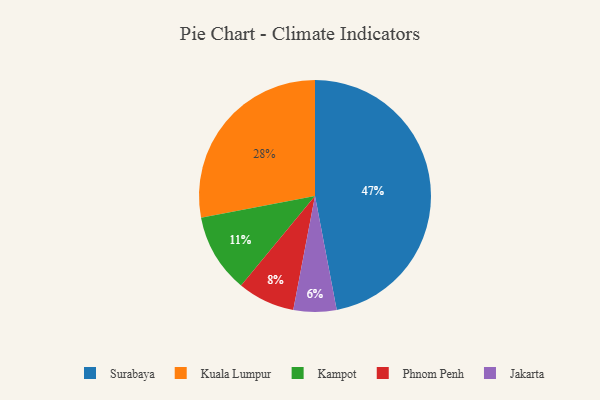
{"axis": {"x": "Category", "y": "Percentage"}, "legend": ["Jakarta", "Kampot", "Kuala Lumpur", "Phnom Penh", "Surabaya"], "data": [{"x": "Surabaya", "y": 47, "type": "Surabaya"}, {"x": "Kuala Lumpur", "y": 28, "type": "Kuala Lumpur"}, {"x": "Jakarta", "y": 6, "type": "Jakarta"}, {"x": "Kampot", "y": 11, "type": "Kampot"}, {"x": "Phnom Penh", "y": 8, "type": "Phnom Penh"}]}